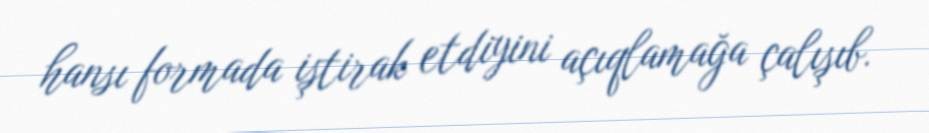
hansı formada iştirak etdiyini açıqlamağa çalışıb.